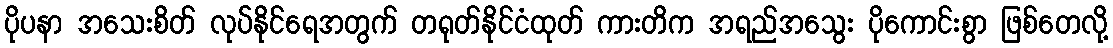
ပိုပနာ အသေးစိတ် လုပ်နိုင်ရေအတွက် တရုတ်နိုင်ငံထုတ် ကားတိက အရည်အသွေး ပိုကောင်းစွာ ဖြစ်တေလို့